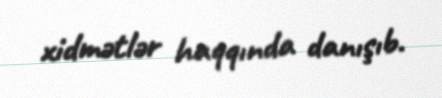
xidmətlər haqqında danışıb.